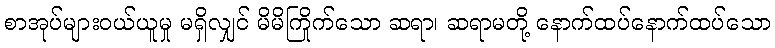
စာအုပ်များဝယ်ယူမှု မရှိလျှင် မိမိကြိုက်သော ဆရာ၊ ဆရာမတို့ နောက်ထပ်နောက်ထပ်သော